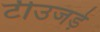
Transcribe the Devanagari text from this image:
टीउजड़े